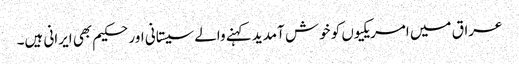
عراق میں امریکیوں کو خوش آمدید کہنے والے سیستانی اور حکیم بھی ایرانی ہیں۔